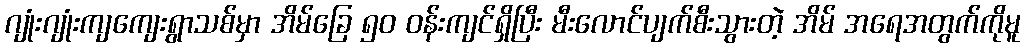
ဂျုံးဂျုံးကျကျေးရွာသစ်မှာ အိမ်ခြေ ၅၀ ဝန်းကျင်ရှိပြီး မီးလောင်ပျက်စီးသွားတဲ့ အိမ် အရေအတွက်ကိုမူ